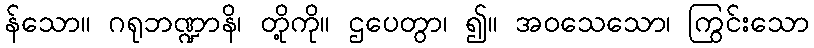
န်သော။ ဂရုဘဏ္ဍာနိ၊ တို့ကို။ ဌပေတွာ၊ ၍။ အဝသေသော၊ ကြွင်းသော